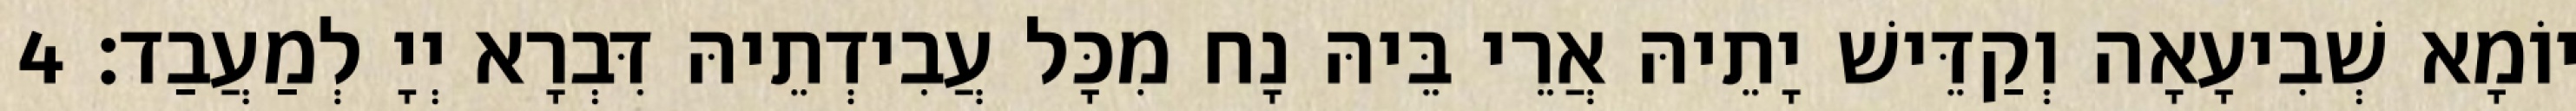
יוֹמָא שְׁבִיעָאָה וְקַדֵּישׁ יָתֵיהּ אֲרֵי בֵּיהּ נָח מִכָּל עֲבִידְתֵיהּ דִּבְרָא יְיָ לְמַעֲבַד׃ 4